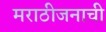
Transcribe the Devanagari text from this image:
मराठीजनाची